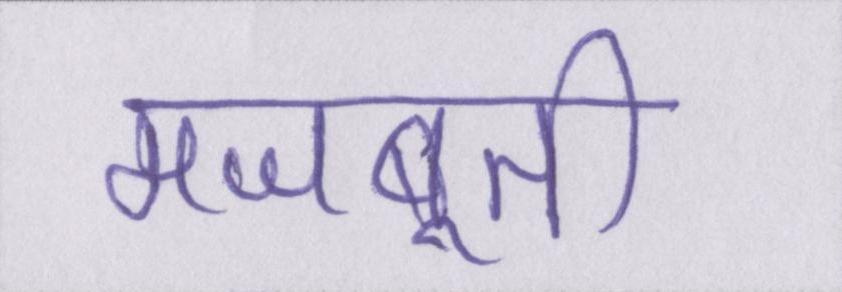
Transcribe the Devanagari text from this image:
मजबूती